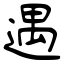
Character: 遇